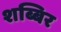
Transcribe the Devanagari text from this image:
शब्बिर